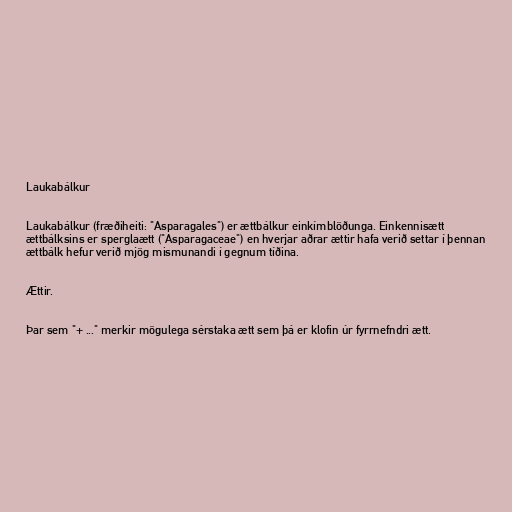
Laukabálkur

Laukabálkur (fræðiheiti: "Asparagales") er ættbálkur einkímblöðunga. Einkennisætt
ættbálksins er sperglaætt ("Asparagaceae") en hverjar aðrar ættir hafa verið settar í þennan
ættbálk hefur verið mjög mismunandi í gegnum tíðina.

Ættir.

Þar sem "+ ..." merkir mögulega sérstaka ætt sem þá er klofin úr fyrrnefndri ætt.